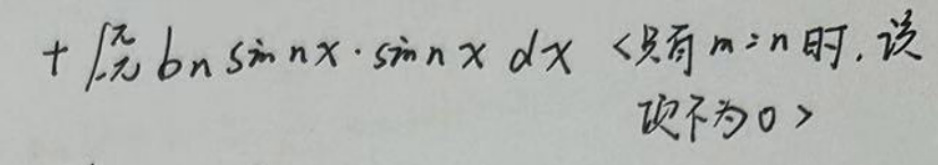
\(+\int_{-\pi}^{\pi}b_n\sin nx\cdot\sin nx\mathrm{d}x \quad <\)只有\(m = n\)时, 该 \\
项不为\(0>\)